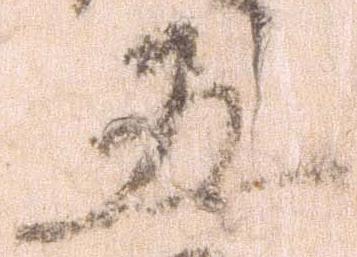
五